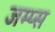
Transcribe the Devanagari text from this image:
जम्प्स